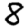
Digit: 8